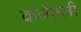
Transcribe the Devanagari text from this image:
कलेतली